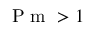
\mathrm { ~ P ~ m ~ } > 1